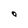
Character: O